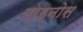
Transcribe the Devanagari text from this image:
टाइनोस